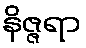
နိဇ္ဇရာ